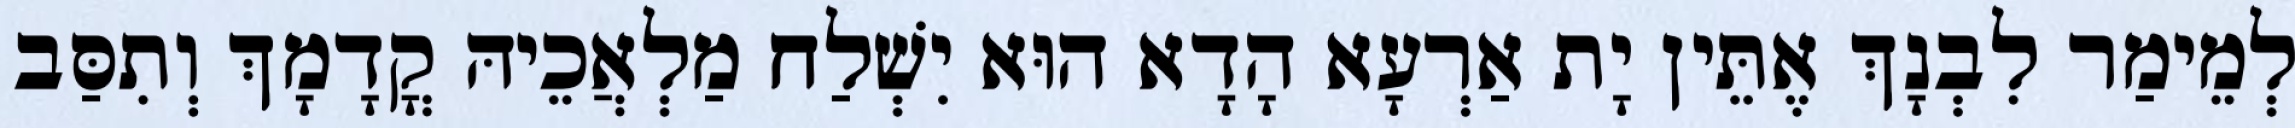
לְמֵימַר לִבְנָךְ אֶתֵּין יָת אַרְעָא הָדָא הוּא יִשְׁלַח מַלְאֲכֵיהּ קֳדָמָךְ וְתִסַּב